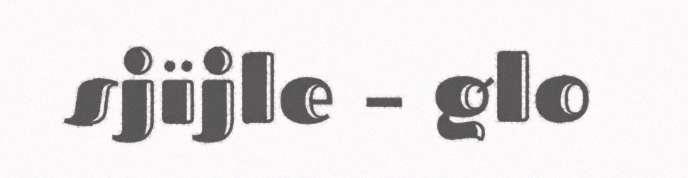
sjïjle – glo